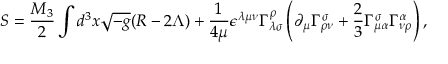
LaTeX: S = { \frac { M _ { 3 } } { 2 } } \int d ^ { 3 } x { \sqrt { - g } } ( R - 2 \Lambda ) + { \frac { 1 } { 4 \mu } } \epsilon ^ { \lambda \mu \nu } \Gamma _ { \lambda \sigma } ^ { \rho } \left( \partial _ { \mu } \Gamma _ { \rho \nu } ^ { \sigma } + { \frac { 2 } { 3 } } \Gamma _ { \mu \alpha } ^ { \sigma } \Gamma _ { \nu \rho } ^ { \alpha } \right) ,